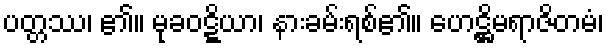
ပတ္တဿ၊ ၏။ မုခဝဋ္ဋိယာ၊ နားခမ်းရစ်၏။ ဟေဋ္ဌိမရာဇိတမံ၊